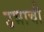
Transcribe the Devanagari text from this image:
उभाची